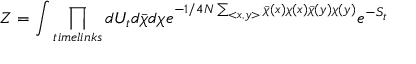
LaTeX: { \cal Z } = \int \prod _ { t i m e l i n k s } d U _ { t } d \bar { \chi } d \chi e ^ { - 1 / { 4 N } \sum _ { < x , y > } \bar { \chi } ( x ) \chi ( x ) \bar { \chi } ( y ) \chi ( y ) } e ^ { - S _ { t } }